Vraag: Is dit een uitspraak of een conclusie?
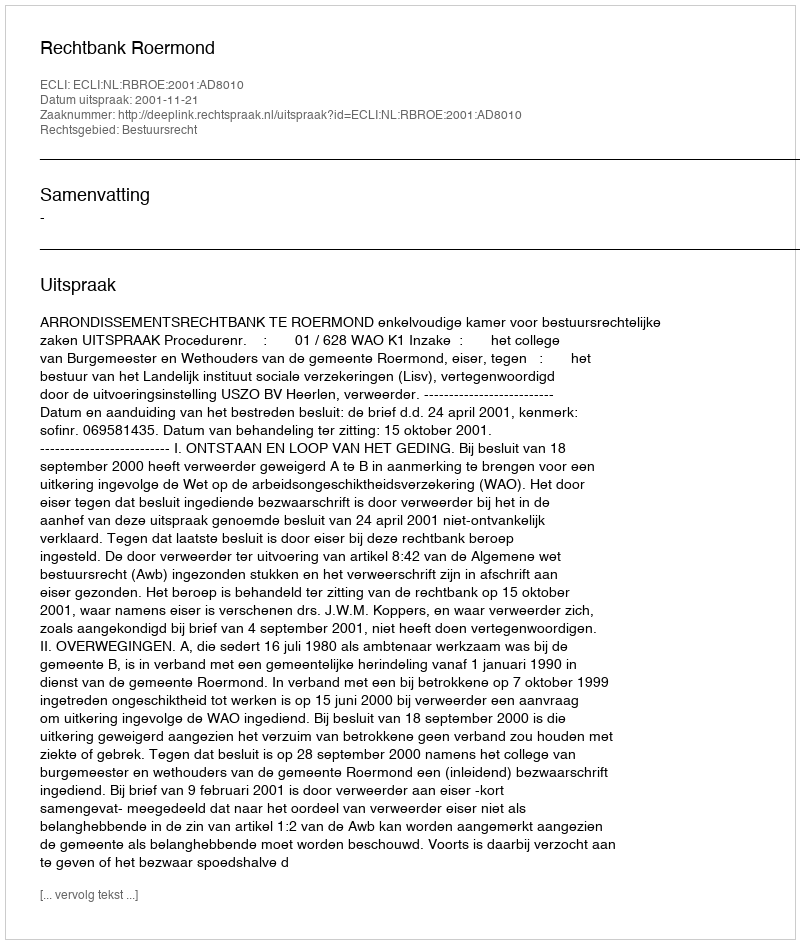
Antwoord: Uitspraak